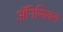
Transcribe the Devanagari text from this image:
ॲनिसियस